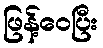
ဖြန့်ဝေပြီး